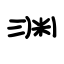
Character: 渊